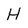
Character: H